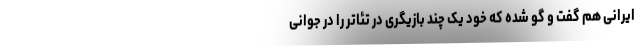
ایرانی هم گفت و گو شده که خود یک چند بازیگری در تئاتر را در جوانی